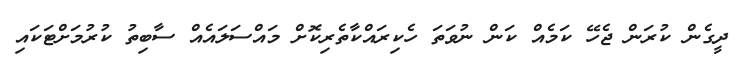
ދީގެން ކުރަން ޖެހޭ ކަމެއް ކަން ނުވަތަ ހެކިރައްކާތެރިކޮށް މައްސަލައެއް ސާބިތު ކުރުމަށްޓަކައި